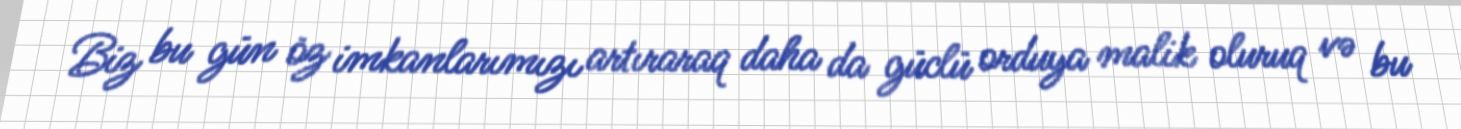
Biz bu gün öz imkanlarımızı artıraraq daha da güclü orduya malik oluruq və bu